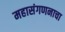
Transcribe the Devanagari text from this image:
महासंगणनाचा